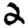
Digit: 2